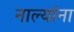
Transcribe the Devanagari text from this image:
नाल्यांना